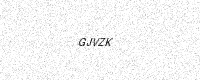
Text: GJVZK